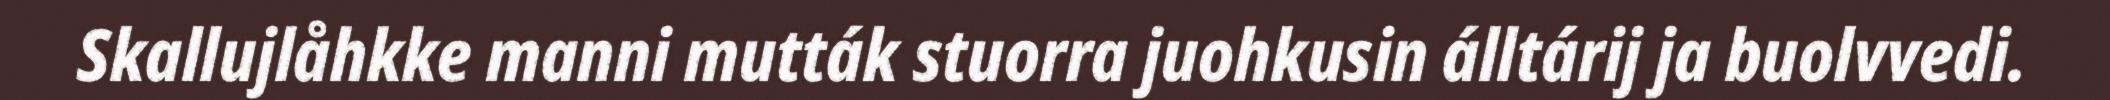
Skallujlåhkke manni mutták stuorra juohkusin álltárij ja buolvvedi.